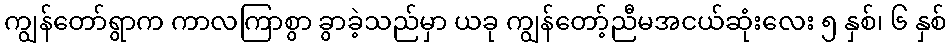
ကျွန်တော်ရွာက ကာလကြာစွာ ခွာခဲ့သည်မှာ ယခု ကျွန်တော့်ညီမအငယ်ဆုံးလေး ၅ နှစ်၊ ၆ နှစ်